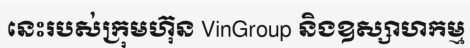
នេះរបស់ក្រុមហ៊ុន VinGroup និងឧស្សាហកម្ម